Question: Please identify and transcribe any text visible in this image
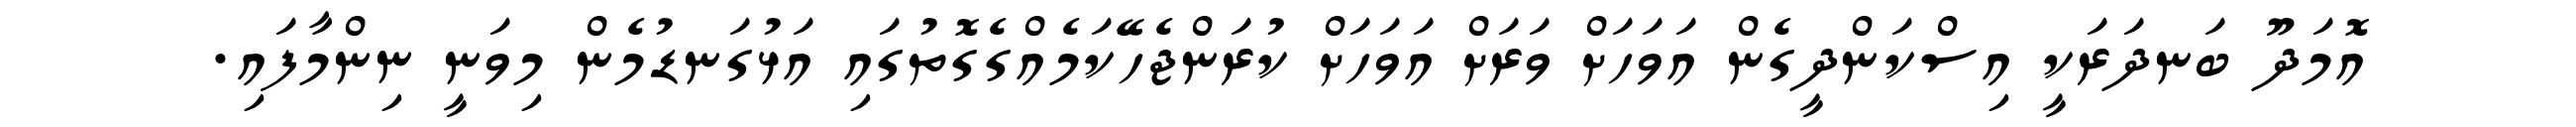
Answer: އޮމަދޫ ބަނދަރަކީ އިސްކަންދީގެން އަވަހަށް ވަރަށް އަވަހަށް ކުރަންޖެހޭކަމެއްގެގޮތުގައި އަޅުގަނޑުމެން މިވަނީ ނިންމާފައި.